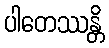
ပါတေဿန္တိ